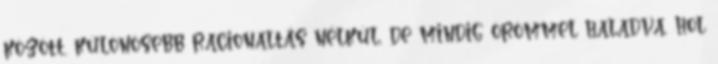
között, különösebb racionaltás nélkül, de mindig örömmel haladva, hol